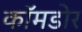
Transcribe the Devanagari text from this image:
कॉमडोर